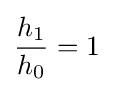
{h_{1} \over h_{0}}=1